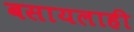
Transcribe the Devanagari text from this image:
बसायलाही